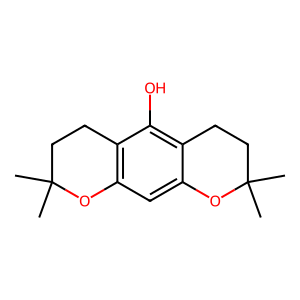
SMILES: CC1(C)CCc2c(cc3c(c2O)CCC(C)(C)O3)O1
Inhibits HIV replication: No